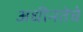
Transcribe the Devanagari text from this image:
अधीनतेचे